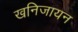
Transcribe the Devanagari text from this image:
खनिजायन